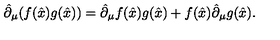
\hat { \partial } _ { \mu } ( f ( \hat { x } ) g ( \hat { x } ) ) = \hat { \partial } _ { \mu } f ( \hat { x } ) g ( \hat { x } ) + f ( \hat { x } ) \hat { \partial } _ { \mu } g ( \hat { x } ) .